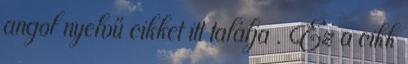
angol nyelvű cikket itt találja . Ez a cikk